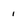
Character: i